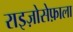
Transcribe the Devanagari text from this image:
राइज़ोसेफ़ाला